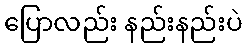
ပြောလည်း နည်းနည်းပဲ